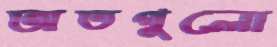
অতগুলো